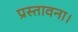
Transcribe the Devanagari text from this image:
प्रस्तावना।